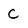
Character: C